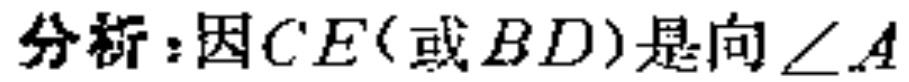
分析：因\(CE\)(或\(BD\))是向\(\angle A\)